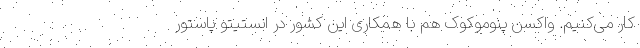
کار می‌کنیم. واکسن پنوموکوک هم با همکاری این کشور در انستیتو پاستور